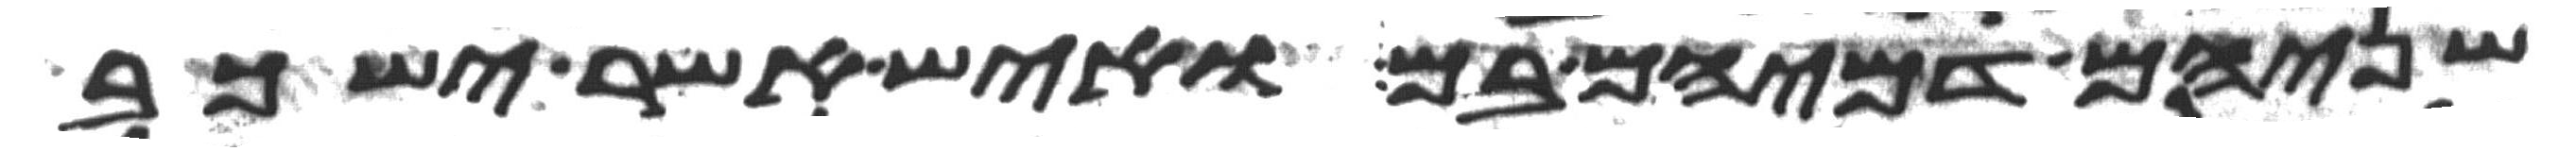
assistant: שניהם דמיהם בם ואיש אשר ישכב